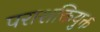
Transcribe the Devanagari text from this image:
पराशक्तियुक्त